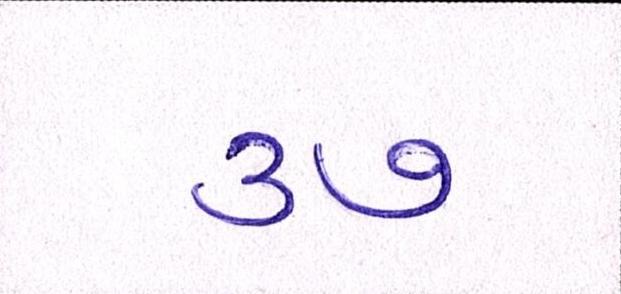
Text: ૩૭